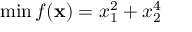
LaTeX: \operatorname* { m i n } f ( \mathbf { x } ) = x _ { 1 } ^ { 2 } + x _ { 2 } ^ { 4 }